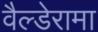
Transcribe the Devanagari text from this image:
वैल्डेरामा